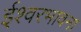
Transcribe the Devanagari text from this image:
ईश्वरभावना